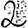
Digit: 2